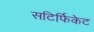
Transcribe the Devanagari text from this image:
सटिर्फिकेट